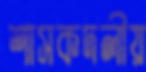
শাসকদলীয়